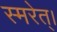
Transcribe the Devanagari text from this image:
स्मरेत्‌।